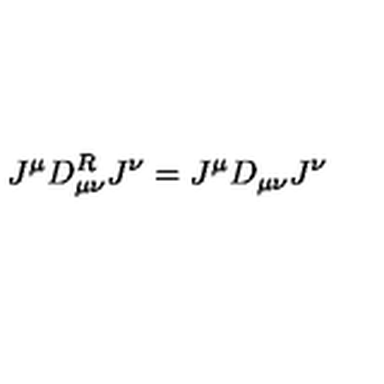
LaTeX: J ^ { \mu } D _ { \mu \nu } ^ { R } J ^ { \nu } = J ^ { \mu } D _ { \mu \nu } J ^ { \nu }